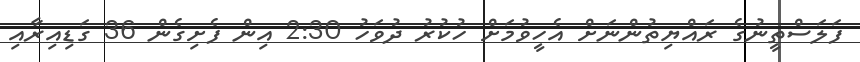
ފަލަސްތީނުގެ ރައްޔިތުންނަށް އެހީވުމަށް ހުކުރު ދުވަހު 2:30 އިން ފެށިގެން 36 ގަޑިއިރާއި